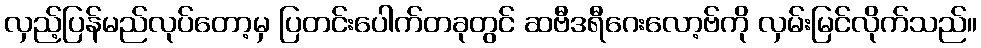
လှည့်ပြန်မည်လုပ်တော့မှ ပြတင်းပေါက်တခုတွင် ဆဗီဒရီဂေးလော့ဗ်ကို လှမ်းမြင်လိုက်သည်။